Vaccination United Provinces of Agra and Oudh 1902-1913 - 1902-1913
Year: 1902
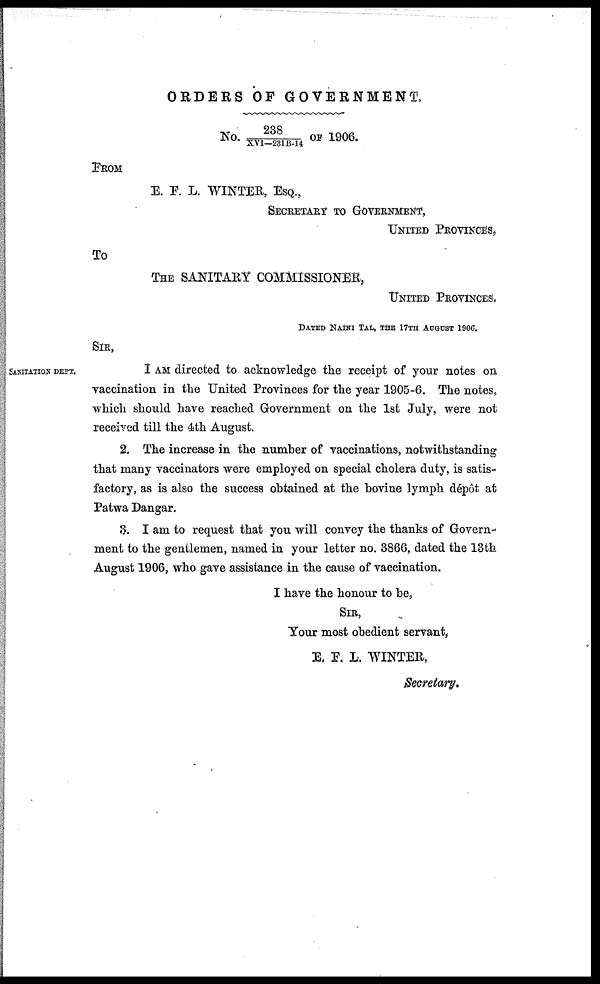
ORDERS OF GOVERNMENT.
No. 238/XVI-231B-14 OF 1906.
FROM
E. F. L. WINTER, ESQ.,
SECRETARY TO GOVERNMENT,
UNITED PROVINCE,
TO
THE SANITARY COMMISSIONER,
UNITED PROVINCES.
DATED NAINI TAL, THE 17TH AUGUST 1906.
SIR,
SANITATION DEPT.
I AM directed to acknowledge the receipt of your notes on
vaccination in the United Provinces for the year 1905-6. The notes,
which should have reached Government on the 1st July, were not
received till the 4th August.
2. The increase in the number of vaccinations, notwithstanding
that many vaccinators were employed on special cholera duty, is satis-
factory, as is also the success obtained at the bovine lymph dépôt at
Patwa Dangar.
3. I am to request that you will convey the thanks of Govern-
ment to the gentlemen, named in your letter no. 3866, dated the 13th
August 1906, who gave assistance in the cause of vaccination.
I have the honour to be,
SIR,
Your most obedient servant,
E. F. L. WINTER,
Secretary.